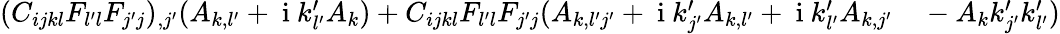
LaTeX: \begin{array}{rl}{(C_{ijkl}F_{l^{\prime}l}F_{j^{\prime}j})_{,j^{\prime}}(A_{k,l^{\prime}}+\mathrm{~i~}k_{l^{\prime}}^{\prime}A_{k})+C_{ijkl}F_{l^{\prime}l}F_{j^{\prime}j}(A_{k,l^{\prime}j^{\prime}}+\mathrm{~i~}k_{j^{\prime}}^{\prime}A_{k,l^{\prime}}+\mathrm{~i~}k_{l^{\prime}}^{\prime}A_{k,j^{\prime}}}&{{}-A_{k}k_{j^{\prime}}^{\prime}k_{l^{\prime}}^{\prime})}\end{array}